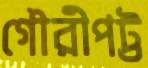
গৌরীপট্ট